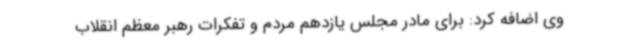
وی اضافه کرد: برای مادر مجلس یازدهم مردم و تفکرات رهبر معظم انقلاب